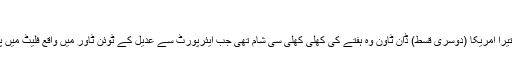
139
دیکھا تیرا امریکا (دوسری قسط) ڈان ٹاون وہ ہفتے کی کِھلی کِھلی سی شام تھی جب ایئرپورٹ سے عدیل کے ٹوئن ٹاور میں واقع فلیٹ میں پہنچے۔